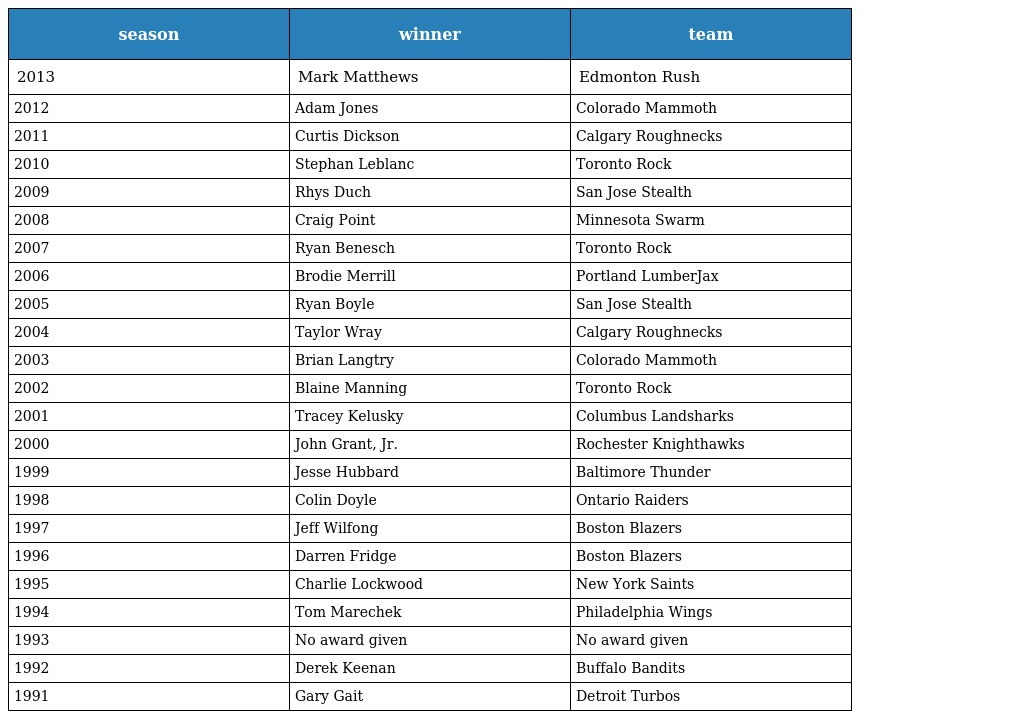
| season | winner | team |
 | --- | --- | --- |
 | 2013 | Mark Matthews | Edmonton Rush |
 | 2012 | Adam Jones | Colorado Mammoth |
 | 2011 | Curtis Dickson | Calgary Roughnecks |
 | 2010 | Stephan Leblanc | Toronto Rock |
 | 2009 | Rhys Duch | San Jose Stealth |
 | 2008 | Craig Point | Minnesota Swarm |
 | 2007 | Ryan Benesch | Toronto Rock |
 | 2006 | Brodie Merrill | Portland LumberJax |
 | 2005 | Ryan Boyle | San Jose Stealth |
 | 2004 | Taylor Wray | Calgary Roughnecks |
 | 2003 | Brian Langtry | Colorado Mammoth |
 | 2002 | Blaine Manning | Toronto Rock |
 | 2001 | Tracey Kelusky | Columbus Landsharks |
 | 2000 | John Grant, Jr. | Rochester Knighthawks |
 | 1999 | Jesse Hubbard | Baltimore Thunder |
 | 1998 | Colin Doyle | Ontario Raiders |
 | 1997 | Jeff Wilfong | Boston Blazers |
 | 1996 | Darren Fridge | Boston Blazers |
 | 1995 | Charlie Lockwood | New York Saints |
 | 1994 | Tom Marechek | Philadelphia Wings |
 | 1993 | No award given | No award given |
 | 1992 | Derek Keenan | Buffalo Bandits |
 | 1991 | Gary Gait | Detroit Turbos |